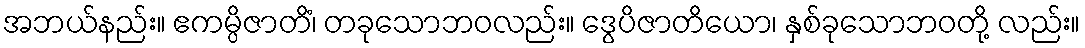
အဘယ်နည်း။ ဧကမ္ပိဇာတိံ၊ တခုသောဘဝလည်း။ ဒွေပိဇာတိယော၊ နှစ်ခုသောဘဝတို့ လည်း။